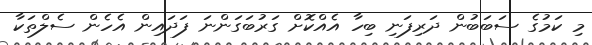
މި ކަމުގެ ސަބަބުން ދަރިފަނި ބިހާ އެއްކޮށް ގަރުބަގަންނަ ފަދައިން އެހެން ސެލްތަކާ